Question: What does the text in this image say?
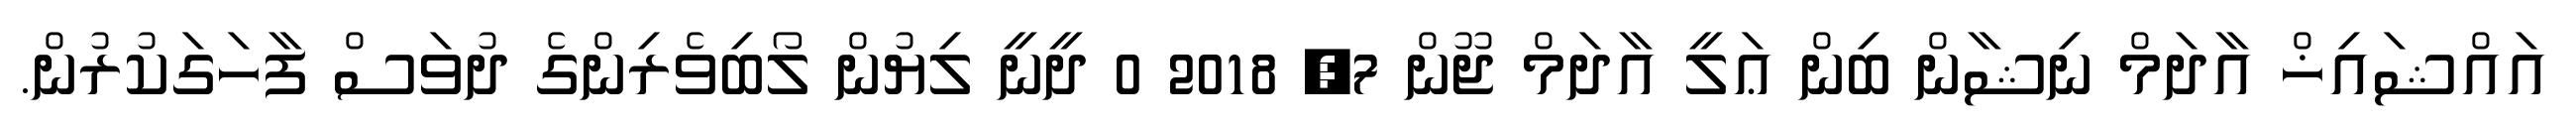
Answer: އައްޝައިޚް އާދަމް ނިޝާން ބިން ޢަލީ އާދަމް ޖޫން 7, 2018 0 ދީނީ ލިޔުން ލޯބިވެރިންގެ ދުވަސް ފާހަގަކުރުން.